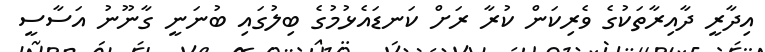
އިދާރީ ދާއިރާތަކުގެ ވެރިކަން ކުރާ ރަށް ކަނޑައެޅުމުގެ ބިލުގައި ބުނަނީ ގާނޫނު އަސާސީ